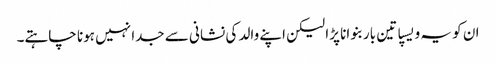
ان کو یہ ویسپا تین بار بنوانا پڑا لیکن اپنے والد کی نشانی سے جدا نہیں ہونا چاہتے۔